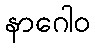
နာဂေါဝ